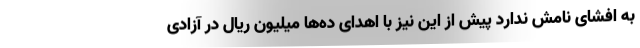
به افشای نامش ندارد پیش از این نیز با اهدای ده‌ها میلیون ریال در آزادی